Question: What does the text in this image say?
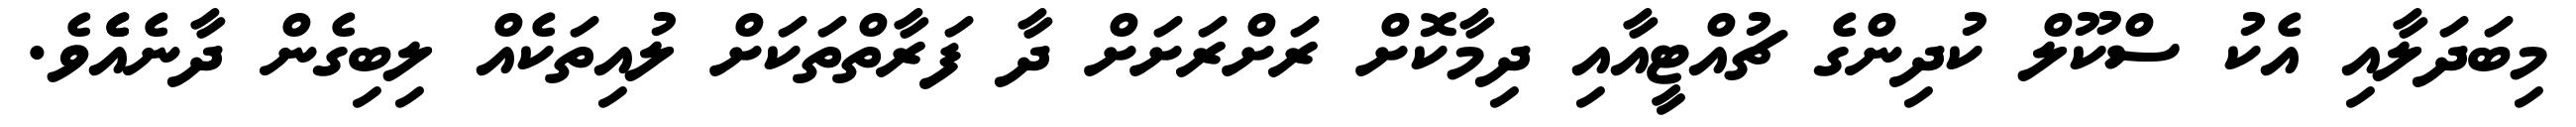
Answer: މިބަދަލާއި އެކު ސްކޫލް ކުދިންގެ ޗުއްޓީއާއި ދިމާކޮށް ރަށްރަށަށް ދާ ފަރާތްތަކަށް ލުއިތަކެއް ލިބިގެން ދާނެއެެވެ.